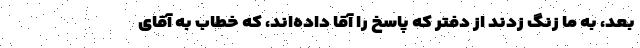
بعد، به ما زنگ زدند از دفتر که پاسخ را آقا داده‌اند، که خطاب به آقای